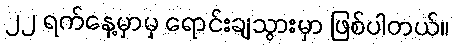
၂၂ ရက်နေ့မှာမှ ရောင်းချသွားမှာ ဖြစ်ပါတယ်။